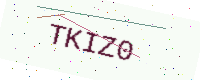
Text: TKIZ0